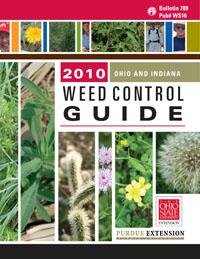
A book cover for Weed Control Guide for Ohio and Indiana (BULLETIN789 & PUB#WS16); MARK M. LOUX & ANTHONY F. DOBBELS; Crafts, Hobbies & Home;